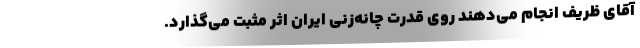
آقای ظریف انجام می‌دهند روی قدرت چانه‌زنی ایران اثر مثبت می‌گذارد.